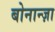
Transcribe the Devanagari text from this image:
बोनान्ज़ा